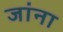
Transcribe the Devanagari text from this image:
जांना